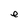
Character: e